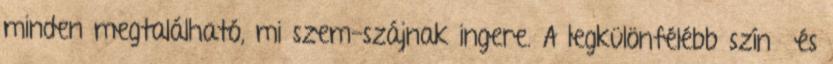
minden megtalálható, mi szem-szájnak ingere. A legkülönfélébb színű és